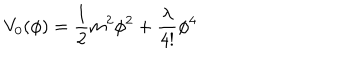
V _ { 0 } ( \phi ) = \frac { 1 } { 2 } m ^ { 2 } \phi ^ { 2 } + \frac { \lambda } { 4 ! } \phi ^ { 4 }